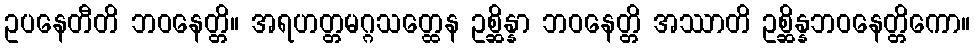
ဥပနေတီတိ ဘဝနေတ္တိ။ အရဟတ္တမဂ္ဂသတ္ထေန ဥစ္ဆိန္နာ ဘဝနေတ္တိ အဿာတိ ဥစ္ဆိန္နဘဝနေတ္တိကော။